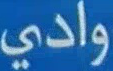
وادي